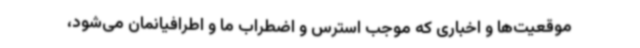
موقعیت‌ها و اخباری که موجب استرس و اضطراب ما و اطرافیانمان می‌شود،